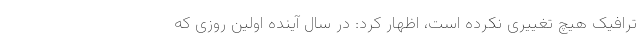
ترافیک هیچ تغییری نکرده است، اظهار کرد: در سال آینده اولین روزی که